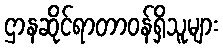
ဌာနဆိုင်ရာတာဝန်ရှိသူများ